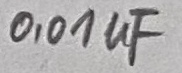
Text: 0,01µF